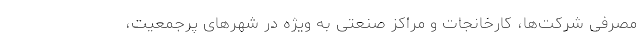
مصرفی شرکت‌ها، کارخانجات و مراکز صنعتی به ویژه در شهرهای پرجمعیت،